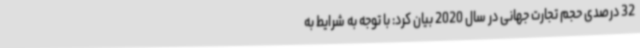
32 درصدی حجم تجارت جهانی در سال 2020 بیان کرد: با توجه به شرایط به